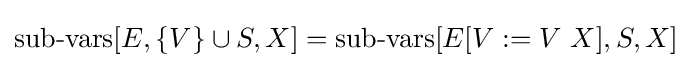
\operatorname {sub-vars} [E,\{V\}\cup S,X]=\operatorname {sub-vars} [E[V:=V\ X],S,X]